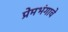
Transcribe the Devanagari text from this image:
प्रेमभंगाचे